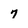
Character: 7